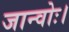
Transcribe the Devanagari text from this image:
जान्वोः।